system: You are a helpful assistant.
user:
Analyze the provided spectrum to determine if it is a **"Cataclysmic Variables (CV)"**.

- **Key Indicators for CV (Check for either state):**
    - **State 1: Quiescent / Low-State (Emission-Dominated)**
        - **(Primary):** Strong and *very broad* Hydrogen Balmer emission lines (e.g., $H\alpha$ at 6563 Å, $H\beta$ at 4861 Å). The 'broadness' (high velocity dispersion, often FWHM > 1000 km/s) is the key diagnostic, indicating a high-velocity accretion disk.
        - **(Secondary):** Broad neutral Helium (He I) emission lines (e.g., 5876 Å, 6678 Å).
        - **(Key Confirmation):** Presence of high-excitation *ionized* Helium (He II) emission at 4686 Å. This is a strong indicator of accretion onto a white dwarf.
        - **(Line Profile):** Emission lines may exhibit a 'double-peaked' profile, which is a classic signature of a rotating accretion disk viewed at high inclination.

    - **State 2: Outburst / High-State (Absorption-Dominated)**
        - **(Primary):** Spectrum is dominated by a bright, blue continuum (looks like a hot star).
        - **(Secondary):** The emission lines from State 1 are weak, absent, or 'filled in', and are replaced by broad, shallow *absorption* lines (primarily Balmer and He I).
        - **(Morphology):** The overall spectrum mimics a hot B/A-type star. The crucial difference is that the absorption lines are significantly broader, shallower, and more 'washed-out' (or 'smeared') than the sharp lines of a normal stellar photosphere, due to high rotational speeds and pressure broadening in the disk.

Think first, call **spectral_visualization_tool** if needed to examine features in detail, then provide your final answer. Your response must adhere to the following strict rules:
1.  **Overall Structure:** Your response must follow the format `<think>...</think> <tool_call>...</tool_call> (if a tool is used) <answer>...</answer>`.
2.  **Tool Usage Constraint:** You may only make **one** tool call per turn.
3.  **Final Answer Format:** In the `<answer>` tag, your conclusion must be inside a `\boxed{}` command (e.g., `\boxed{YES}`), followed by your justification.

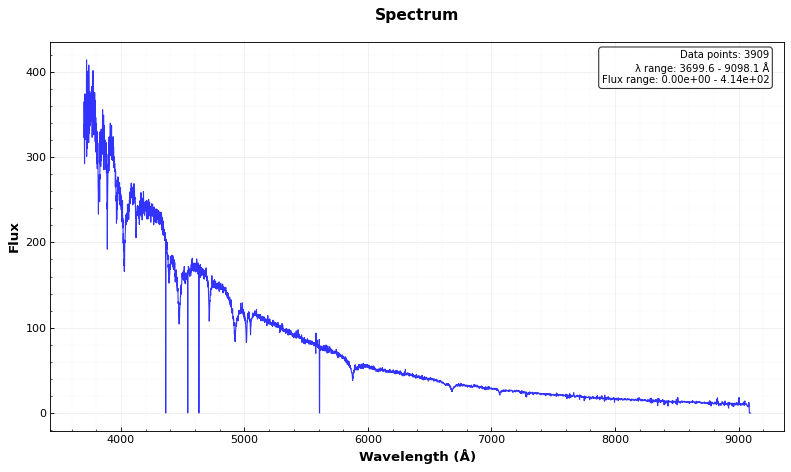
Answer: NO